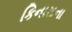
કિનારાના